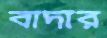
বাদার